Annual report on the Civil Veterinary Department, Burma (including the Insein Veterinary School) - 1910-1922
Year: 1910
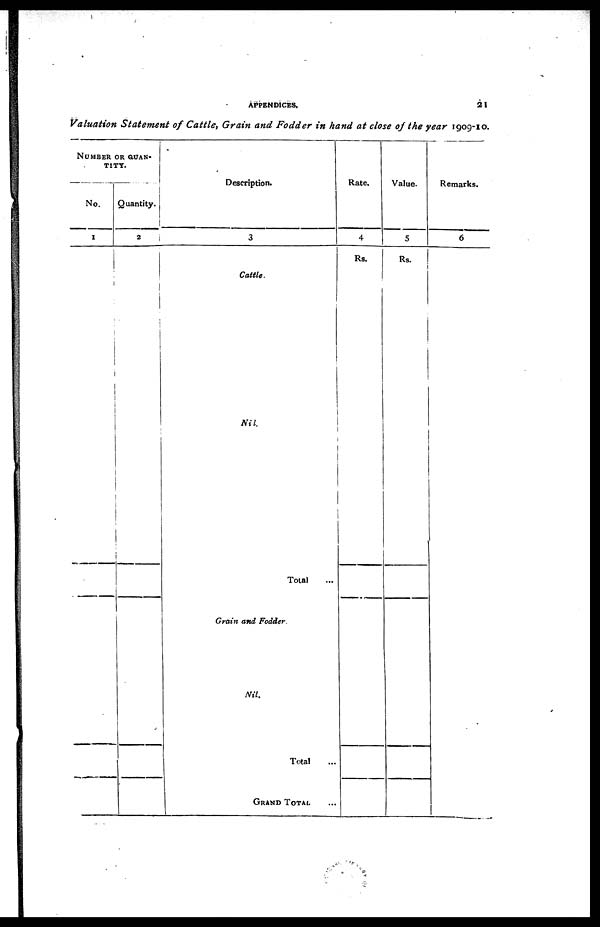
APPENDICES.
21
Valuation Statement of Cattle, Grain and Fodder in hand at close of the year 1909-10.
NUMBER OR QUAN-
TITY.
No.
1
1
Quantity.
i
2
1
Description.
3
Cattle.
Nil.
Total ...
Grain and Fodder.
Nil.
Total ...
GRAND TOTAL ...
Rate.
4
Rs.
Value.
5
Rs.
Remarks.
6